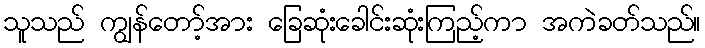
သူသည် ကျွန်တော့်အား ခြေဆုံးခေါင်းဆုံးကြည့်ကာ အကဲခတ်သည်။